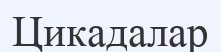
Цикадалар